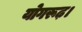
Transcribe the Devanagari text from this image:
योगरूढ़।